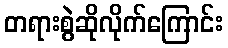
တရားစွဲဆိုလိုက်ကြောင်း